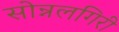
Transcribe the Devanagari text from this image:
सोन्नलगिरी